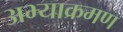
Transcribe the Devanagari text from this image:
अभ्याक्रमण